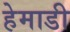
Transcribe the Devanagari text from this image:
हेमाडी